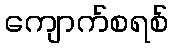
ကျောက်စရစ်